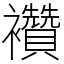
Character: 襸